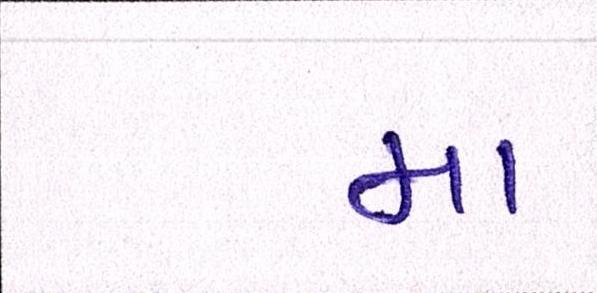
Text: મા